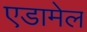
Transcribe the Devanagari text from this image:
एडामेल